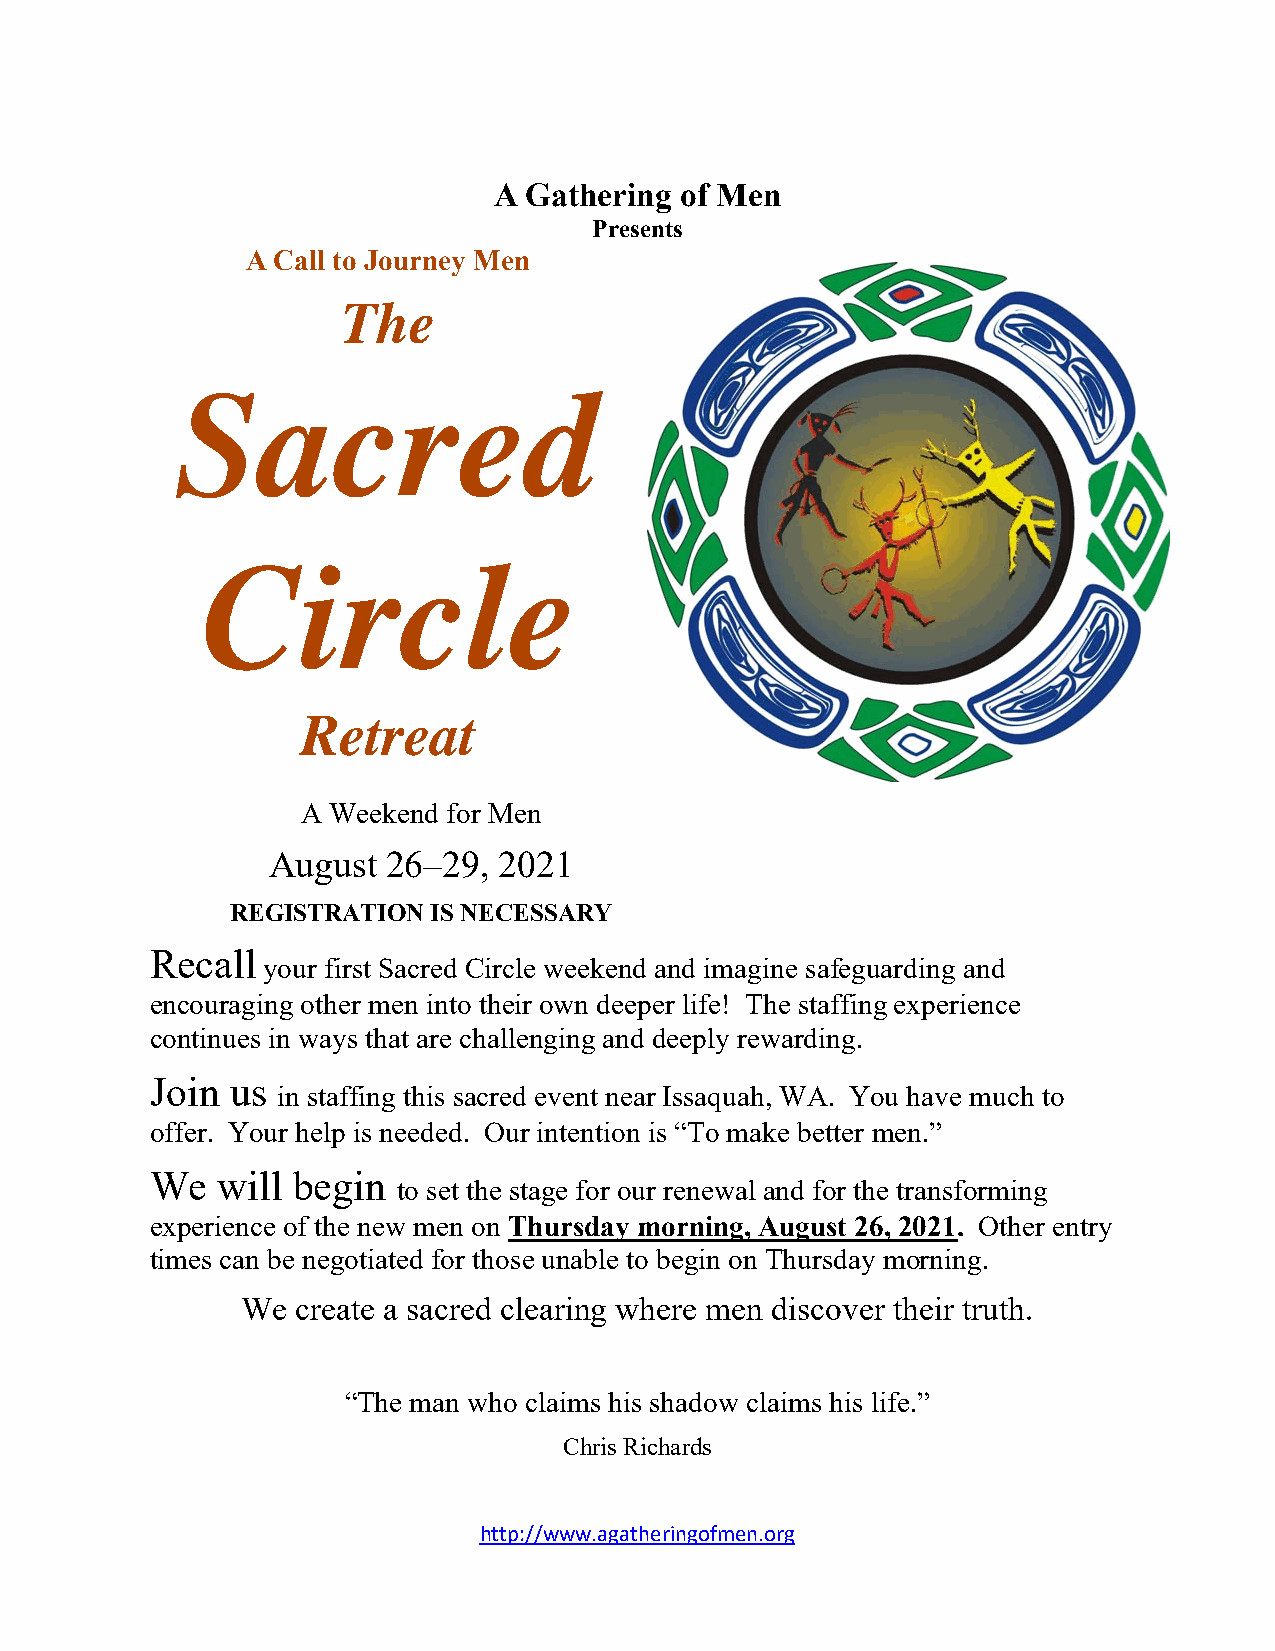
A Gathering of Men
 Presents
 A Call to Journey Men
 The
 Sacred
 Circle
 Retreat
 A Weekend for Men
 August  26–29, 2021
 REGISTRATION  IS NECESSARY
 Recall
 your first Sacred Circle weekend and imagine safeguarding and
 encouraging other men into their own deeper life! The staffing experience
 continues in ways that are challenging and deeply rewarding.
 Join us
 in staffing this sacred event near Issaquah, WA. You have much to
 offer. Your help is needed. Our intention is “To make better men.”
 We  will begin
 to set the stage for our renewal and for the transforming
 experience of the new men on Thursday morning, August 26, 2021. Other entry
 times can be negotiated for those unable to begin on Thursday morning.
 We  create a sacred clearing where men discover their truth.
 “The man who claims his shadow claims his life.”
 Chris Richards
 http://www.agatheringofmen.org